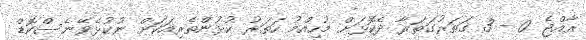
ރާއްޖެ 0 - 3 ގަތަރުގަތަރާ ދެކޮޅަށް މުހިއްމު ހަތަރު ކުޅުންތެރިއަކަށް ނުކުޅެވޭނެސްކޮޑް